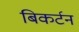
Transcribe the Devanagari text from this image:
बिकर्टन